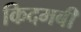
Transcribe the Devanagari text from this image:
किदमबी